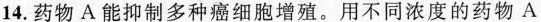
14.药物A能抑制多种癌细胞增殖。用不同浓度的药物A